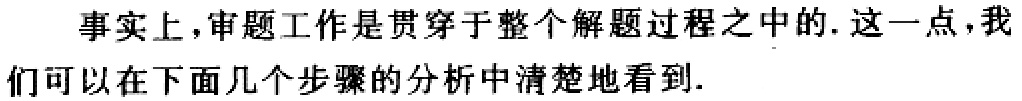
事实上，审题工作是贯穿于整个解题过程之中的. 这一点，我们可以在下面几个步骤的分析中清楚地看到.